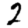
Digit: 2